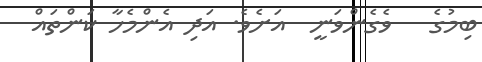
ބިމުގެ   ވެގެންވަނީ  އަށެވެ. އަދި އެންމެހާ ކަންތައް